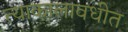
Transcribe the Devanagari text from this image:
त्याकालावधीत